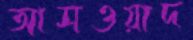
আসওয়াদ